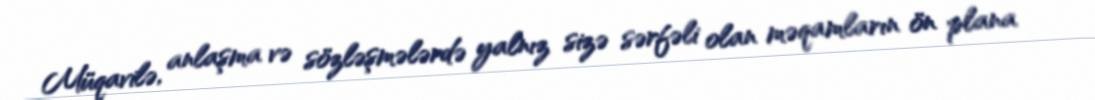
Müqavilə, anlaşma və sözləşmələrdə yalnız sizə sərfəli olan məqamların ön plana